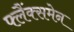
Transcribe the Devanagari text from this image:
फ्लैंक्समेन